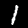
Digit: 1